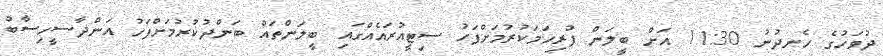
ދުވަހުގެ ހެނދުނު 11:30 އަށް ބީލަން ފުރިހަމަކުރުމަށްފަހު ސިޓީއުރައެއްގައި ބީލަންތައް ބަންދުކުރުމަށްފަހު އަންދާސީހިސާބު